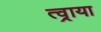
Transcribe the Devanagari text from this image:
त्व्राया